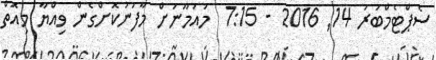
ސެޕްޓެމްބަރު 14